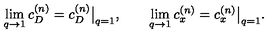
\lim _ { q \to 1 } c _ { D } ^ { ( n ) } = c _ { D } ^ { ( n ) } \big | _ { q = 1 } , \qquad \lim _ { q \to 1 } c _ { x } ^ { ( n ) } = c _ { x } ^ { ( n ) } \big | _ { q = 1 } .